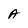
Character: A